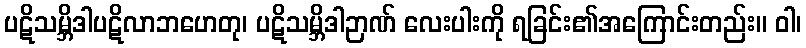
ပဋိသမ္ဘိဒါပဋိလာဘဟေတု၊ ပဋိသမ္ဘိဒါဉာဏ် လေးပါးကို ရခြင်း၏အကြောင်းတည်း။ ဝါ၊